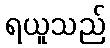
ရယူသည်